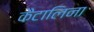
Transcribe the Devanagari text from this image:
कैटालिना